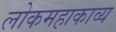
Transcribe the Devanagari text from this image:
लोकमहाकाव्य